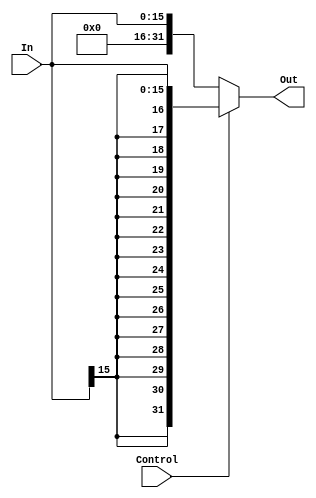
`timescale 1ns / 1ps
////////////////////////////////////////////////////////////////////////////////
// Computer Architecture
// 
// Module - SignExtension.v
// Description - Sign extension module.
////////////////////////////////////////////////////////////////////////////////
module SignExtension(In, Out, Control);
    // Control Input(s)
    input Control;
    // Data Input(s)
    input [15:0] In;
    // Control Output(s)
    // Data Output(s)
    output reg [31:0] Out;
    
    always @(*) begin
        if(Control) begin
            Out <= {{16{In[15]}},In};
        end else begin
            Out <= {16'b0, In};
        end
    end
endmodule